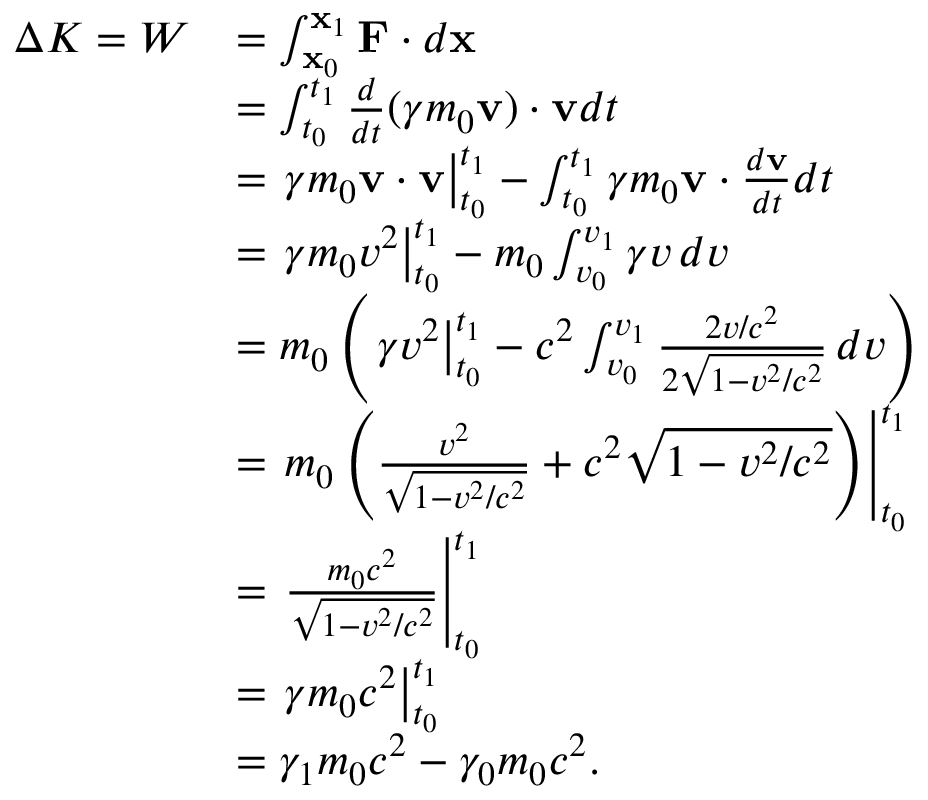
{ \begin{array} { r l } { \Delta K = W } & { = \int _ { \mathbf { x } _ { 0 } } ^ { \mathbf { x } _ { 1 } } \mathbf { F } \cdot d \mathbf { x } } \\ & { = \int _ { t _ { 0 } } ^ { t _ { 1 } } { \frac { d } { d t } } ( \gamma m _ { 0 } \mathbf { v } ) \cdot \mathbf { v } d t } \\ & { = \left. \gamma m _ { 0 } \mathbf { v } \cdot \mathbf { v } \right| _ { t _ { 0 } } ^ { t _ { 1 } } - \int _ { t _ { 0 } } ^ { t _ { 1 } } \gamma m _ { 0 } \mathbf { v } \cdot { \frac { d \mathbf { v } } { d t } } d t } \\ & { = \left. \gamma m _ { 0 } v ^ { 2 } \right| _ { t _ { 0 } } ^ { t _ { 1 } } - m _ { 0 } \int _ { v _ { 0 } } ^ { v _ { 1 } } \gamma v \, d v } \\ & { = m _ { 0 } \left( \left. \gamma v ^ { 2 } \right| _ { t _ { 0 } } ^ { t _ { 1 } } - c ^ { 2 } \int _ { v _ { 0 } } ^ { v _ { 1 } } { \frac { 2 v / c ^ { 2 } } { 2 { \sqrt { 1 - v ^ { 2 } / c ^ { 2 } } } } } \, d v \right) } \\ & { = \left. m _ { 0 } \left( { \frac { v ^ { 2 } } { \sqrt { 1 - v ^ { 2 } / c ^ { 2 } } } } + c ^ { 2 } { \sqrt { 1 - v ^ { 2 } / c ^ { 2 } } } \right) \right| _ { t _ { 0 } } ^ { t _ { 1 } } } \\ & { = \left. { \frac { m _ { 0 } c ^ { 2 } } { \sqrt { 1 - v ^ { 2 } / c ^ { 2 } } } } \right| _ { t _ { 0 } } ^ { t _ { 1 } } } \\ & { = \left. { \gamma m _ { 0 } c ^ { 2 } } \right| _ { t _ { 0 } } ^ { t _ { 1 } } } \\ & { = \gamma _ { 1 } m _ { 0 } c ^ { 2 } - \gamma _ { 0 } m _ { 0 } c ^ { 2 } . } \end{array} }